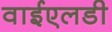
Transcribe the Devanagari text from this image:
वाईएलडी